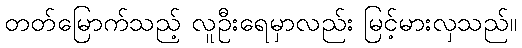
တတ်မြောက်သည့် လူဦးရေမှာလည်း မြင့်မားလှသည်။